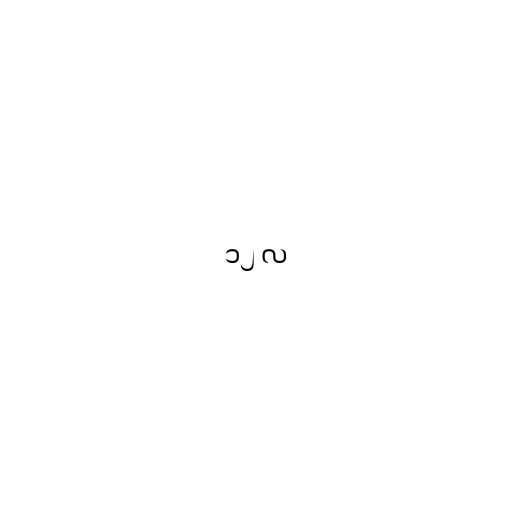
၁၂ လ